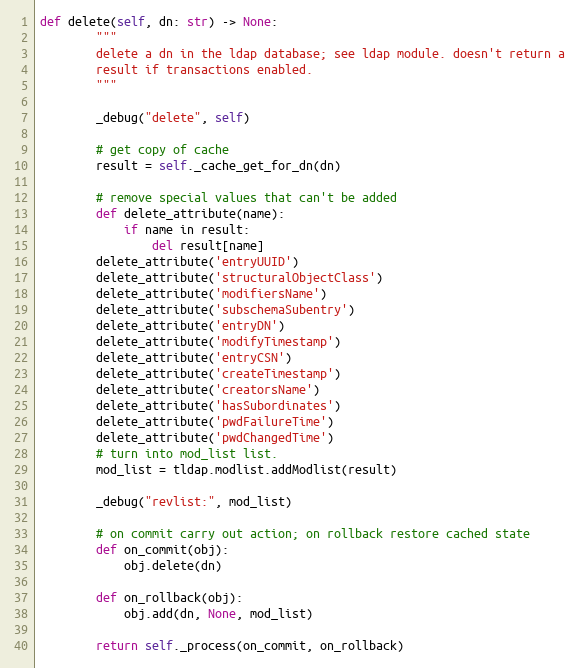
Language: Python
def delete(self, dn: str) -> None:
        """
        delete a dn in the ldap database; see ldap module. doesn't return a
        result if transactions enabled.
        """

        _debug("delete", self)

        # get copy of cache
        result = self._cache_get_for_dn(dn)

        # remove special values that can't be added
        def delete_attribute(name):
            if name in result:
                del result[name]
        delete_attribute('entryUUID')
        delete_attribute('structuralObjectClass')
        delete_attribute('modifiersName')
        delete_attribute('subschemaSubentry')
        delete_attribute('entryDN')
        delete_attribute('modifyTimestamp')
        delete_attribute('entryCSN')
        delete_attribute('createTimestamp')
        delete_attribute('creatorsName')
        delete_attribute('hasSubordinates')
        delete_attribute('pwdFailureTime')
        delete_attribute('pwdChangedTime')
        # turn into mod_list list.
        mod_list = tldap.modlist.addModlist(result)

        _debug("revlist:", mod_list)

        # on commit carry out action; on rollback restore cached state
        def on_commit(obj):
            obj.delete(dn)

        def on_rollback(obj):
            obj.add(dn, None, mod_list)

        return self._process(on_commit, on_rollback)